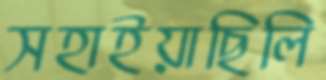
সহাইয়াছিলি